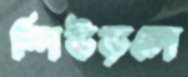
শিউড়লে